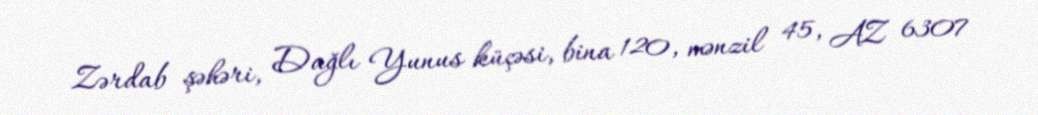
Zərdab şəhəri, Dağlı Yunus küçəsi, bina 120, mənzil 45, AZ 6307